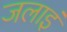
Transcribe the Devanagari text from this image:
जलाइं